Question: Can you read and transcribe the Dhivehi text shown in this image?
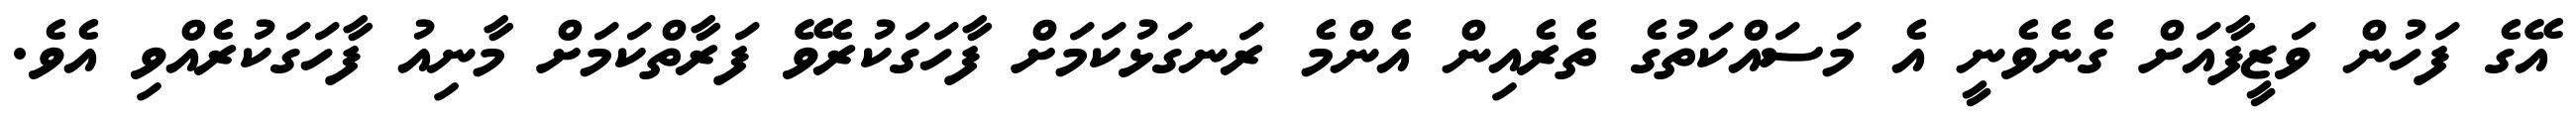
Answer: އޭގެ ފަހުން ވަޒީފާއަށް ގެނެވެނީ އެ މަސައްކަތުގެ ތެރެއިން އެންމެ ރަނގަޅުކަމަށް ފާހަގަކުރެވޭ ފަރާތްކަމަށް މާނިއު ފާހަގަކުރެއްވި އެވެ.